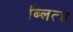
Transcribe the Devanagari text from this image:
ब्लित्झ